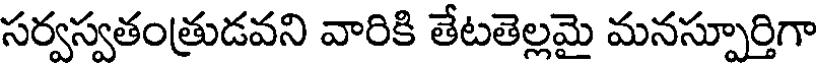
సర్వస్వతంత్రుడవని వారికి తేటతెల్లమై మనస్పూర్తిగా